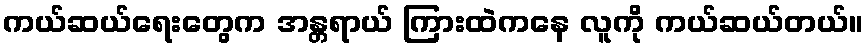
ကယ်ဆယ်ရေးတွေက အန္တရာယ် ကြားထဲကနေ လူကို ကယ်ဆယ်တယ်။